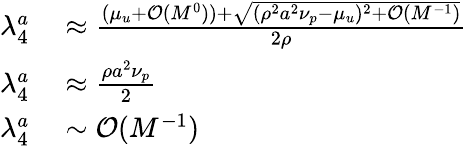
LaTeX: \begin{array}{rl}{\lambda_{4}^{a}}&{{}\approx\frac{(\mu_{u}+\mathcal{O}(M^{0}))+\sqrt{(\rho^{2}a^{2}\nu_{p}-\mu_{u})^{2}+\mathcal{O}(M^{-1})}}{2\rho}}\\ {\lambda_{4}^{a}}&{{}\approx\frac{\rho a^{2}\nu_{p}}{2}}\\ {\lambda_{4}^{a}}&{{}\sim\mathcal{O}(M^{-1})}\end{array}